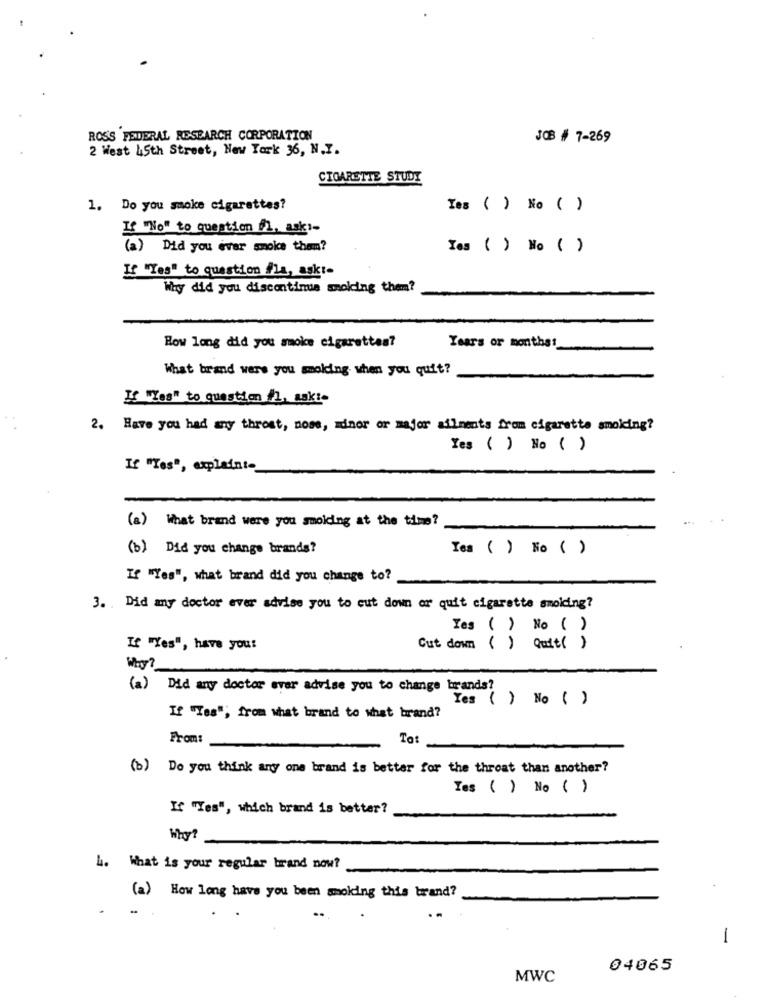
ROSS FEDERAL RESEARCH CORPORATION
JOB # 7-269
2 West 45th Street, New York 36, N.I.
CIGARETTE STUDY
1. Do you smoke cigarettes?
Yes ( ) No ( )
If "No" to question fl, ask :-
(a) Did you ever moke tham?
Yes () No ( )
If "Yes" to question #la, askt-
Why did you discontinue molding them?
Years or monthst
How long did you make cigarettes?
What brand were you molding when you quit?
If "Yes" to questim /l, ask !-
2. Have you had any throat, nose, minor or major ailments from cigarette smoking?
Yes ( ) No ()
If "Yes", explainte
(a) What brand were you smolding at the time?
(b) Did you change brands?
Tes ( ) No ( )
If "Yes", what brand did you change to?
3. Did any doctor ever advise you to cut down or quit cigarette smoking?
Yes ( ) No ( )
If "Yes", have you:
Cut down ( ) Quit( )
(a)
Did any doctor ever advise you to change brands?
Yes ( ) No ( )
If "Yes"; from what brand to what brand?
From:
Tot
(b) Do you think any one brand is better for the throat than another?
Tes ( ) No ( )
If "Yes", which brand is better?
L. What is your regular brand now?
(a) How long have you been making this brand?
-
04065
MWC